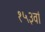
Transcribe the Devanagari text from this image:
१५३वां